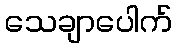
သေချာပေါက်